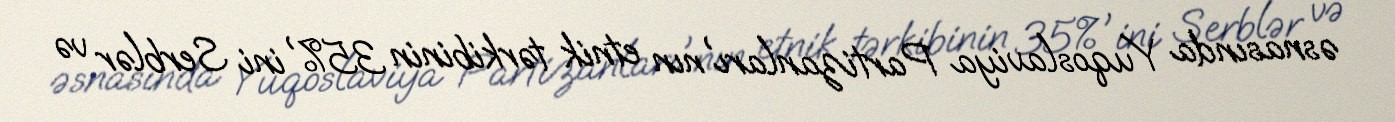
əsnasında Yuqoslaviya Partizanları'nın etnik tərkibinin 35%'ini Serblər və